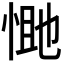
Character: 𭝔